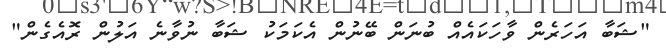
"ޝަބާ އަހަރެން ވާހަކައެއް ބުނަން ބޭނުން އެކަމަކު ޝަބާ ނުވާނެ އަލުން ރޮއެގެން"